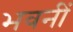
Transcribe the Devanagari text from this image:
भवनीं